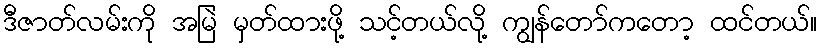
ဒီဇာတ်လမ်းကို အမြဲ မှတ်ထားဖို့ သင့်တယ်လို့ ကျွန်တော်ကတော့ ထင်တယ်။